Vaccination report Assam 1896-1927 - 1896-1927
Year: 1896
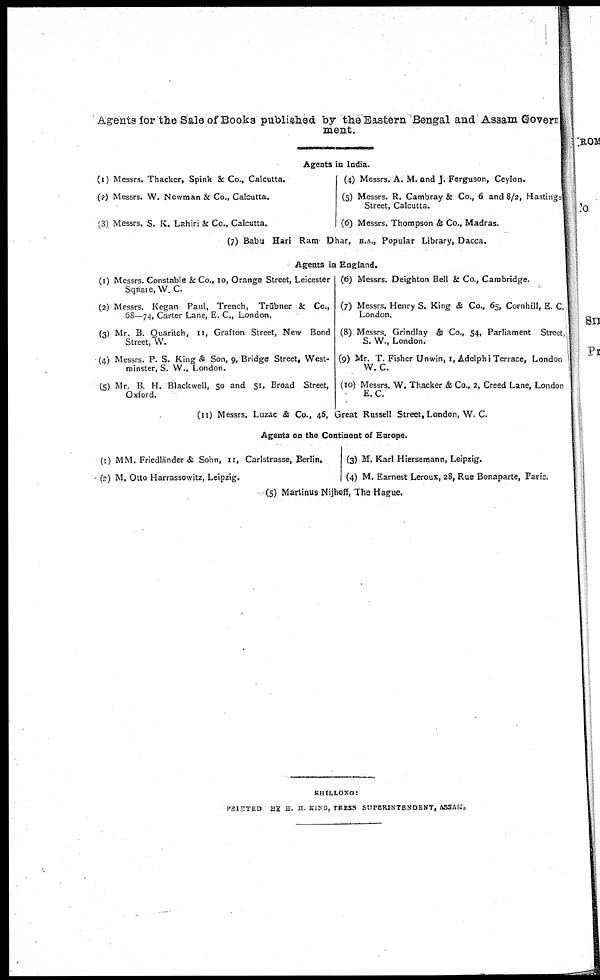
Agents for the Sale of Books published by the Eastern Bengal and Assam Govern
ment.
Agents in India.
(1) Messrs. Thacker, Spink & Co., Calcutta.
(2) Messrs. W. Newman & Co., Calcutta.
(3) Messrs. S. K. Lahiri & Co., Calcutta.
(4) Messrs. A. M. and J. Ferguson, Ceylon.
(5) Messrs. R. Cambray & Co., 6 and 8/2, Hastings
Street, Calcutta.
(6) Messrs. Thompson & Co., Madras.
(7) Babu Hari Ram Dhar, B.A., Popular Library, Dacca.
Agents in England.
(1) Messrs. Constable & Co., 10, Orange Street, Leicester
Square, W. C.
(2) Messrs. Kegan Paul, Trench, Trübner & Co.,
68—74, Carter Lane, E. C., London.
(3) Mr. B. Quaritch, 11, Grafton Street, New Bond
Street, W.
(4) Messrs. P. S. King & Son, 9, Bridge Street, West-
minster, S. W., London.
(5) Mr. B. H. Blackwell, 50 and 51, Broad Street,
Oxford.
(6) Messrs. Deighton Bell & Co., Cambridge.
(7) Messrs. Henry S. King & Co., 65, Cornhill, E. C.
London.
(8) Messrs. Grindlay & Co., 54, Parliament Street,
S. W., London.
(9) Mr. T. Fisher Unwin, 1, Adelphi Terrace, London
W. C.
(10) Messrs. W. Thacker & Co., 2, Creed Lane, London
E.C.
(11) Messrs. Luzac & Co., 46, Great Russell Street, London, W. C.
Agents on the Continent of Europe.
(1) MM. Friedländer & Sohn, 11, Carlstrasse, Berlin.
(2) M. Otto Harrassowitz, Leipzig.
(3) M. Karl Hiersemann, Leipzig.
(4) M. Earnest Leroux, 28, Rue Bonaparte, Paris,
(5) Martinus Nijhoff, The Hague.
SHILLONG:
PRINTED BY H. H. KING, PRESS SUPERINTENDENT, ASSAM.